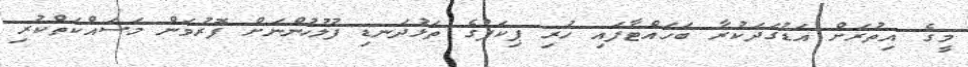
މީގެ އިތުރަށް އަޑުގަދަކުރާ ބަހައްޓާފައި ހުރި ޕިކަޕުގެ ތަޅުދަނޑި ފުލުހުންނަށް ފޮރުވަން މަސައްކަތްކުރި